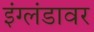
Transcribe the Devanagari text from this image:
इंग्लंडावर